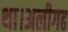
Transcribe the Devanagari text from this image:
था।अलीगढ